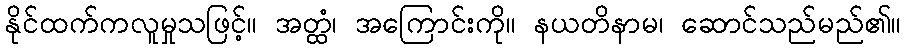
နိုင်ထက်ကလူမှုသဖြင့်။ အတ္ထံ၊ အကြောင်းကို။ နယတိနာမ၊ ဆောင်သည်မည်၏။